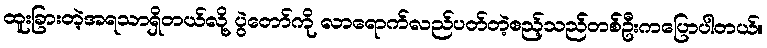
ထူးခြားတဲ့အရသာရှိတယ်လို့ ပွဲတော်ကို လာရောက်လည်ပတ်တဲ့ဧည့်သည်တစ်ဦးကပြောပါတယ်။